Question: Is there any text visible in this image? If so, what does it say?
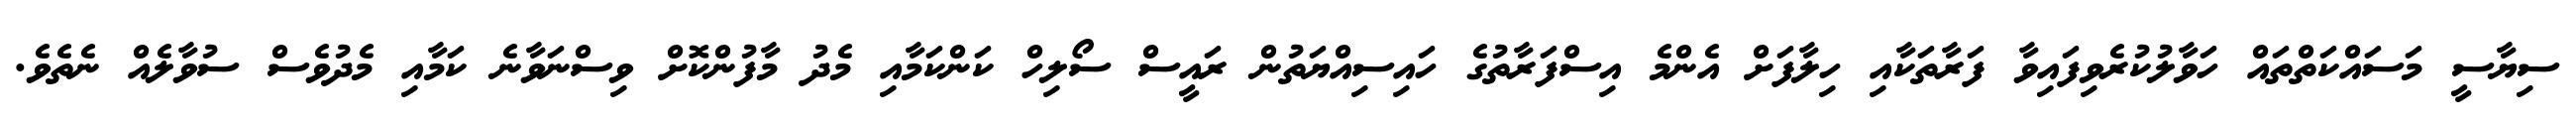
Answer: ސިޔާސީ މަސައްކަތްތައް ހަވާލުކުރެވިފައިވާ ފަރާތަކާއި ހިލާފަށް އެންމެ އިސްފަރާތުގެ ހައިސިއްޔަތުން ރައީސް ސޯލިހް ކަންކަމާއި މެދު މާފުންކޮށް ވިސްނަވާނެ ކަމާއި މެދުވެސް ސުވާލެއް ނެތެވެ.